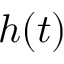
h ( t )